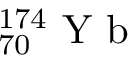
_ { 7 0 } ^ { 1 7 4 } \mathrm { ~ Y ~ b ~ }